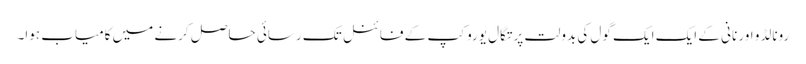
رونالڈو اور نانی کے ایک ایک گول کی بدولت پرتگال یورو کپ کے فائنل تک رسائی حاصل کرنے میں کامیاب ہوا۔